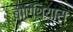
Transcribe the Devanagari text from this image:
बोएथियास